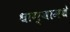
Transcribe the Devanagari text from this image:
धाग्यामधे